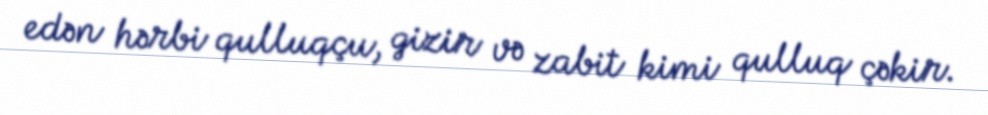
edən hərbi qulluqçu, gizir və zabit kimi qulluq çəkir.